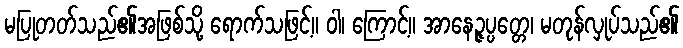
မပြုတတ်သည်၏အဖြစ်သို့ ရောက်သဖြင့်။ ဝါ၊ ကြောင့်။ အာနေဉ္ဇပ္ပတ္တေ၊ မတုန်လှုပ်သည်၏